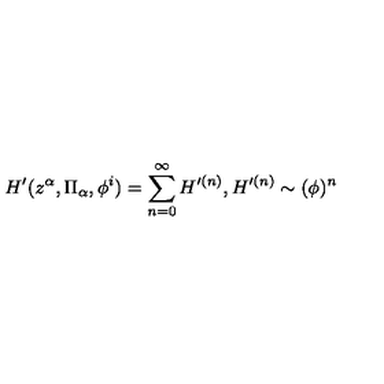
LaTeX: H ^ { \prime } ( z ^ { \alpha } , \Pi _ { \alpha } , \phi ^ { i } ) = \sum _ { n = 0 } ^ { \infty } H ^ { \prime ( n ) } , { } H ^ { \prime ( n ) } \sim ( \phi ) ^ { n }